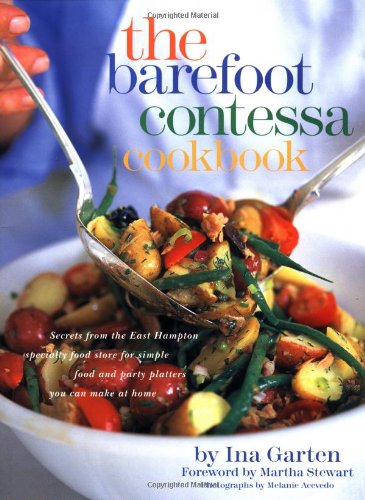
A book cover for The Barefoot Contessa Cookbook; Ina Garten; Cookbooks, Food & Wine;